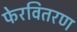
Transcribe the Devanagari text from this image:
फेरवितरण